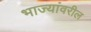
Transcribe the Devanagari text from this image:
भाज्यांवरील